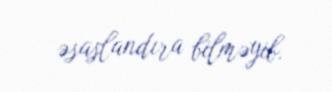
əsaslandıra bilməyib.